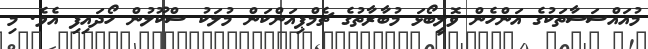
މުއައްސަސާތަކުގެ އަންހެން ވޮލީބޯޅަ މުބާރާތުގެ ޗެމްޕިއަންކަން މުލަކު ސްކޫލުން ހޯދައިފި އެވެ. މި